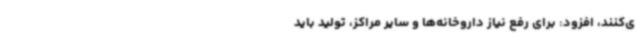
ی‌کنند، افزود: برای رفع نیاز داروخانه‌ها و سایر مراکز، تولید باید